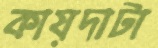
কায়দাটা